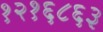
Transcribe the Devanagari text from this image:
१२१६८६३